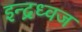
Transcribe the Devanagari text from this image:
इन्द्रध्वज